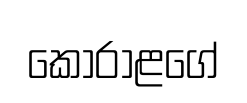
කෝරාළගේ